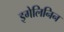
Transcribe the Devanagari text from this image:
इगेलिनिन